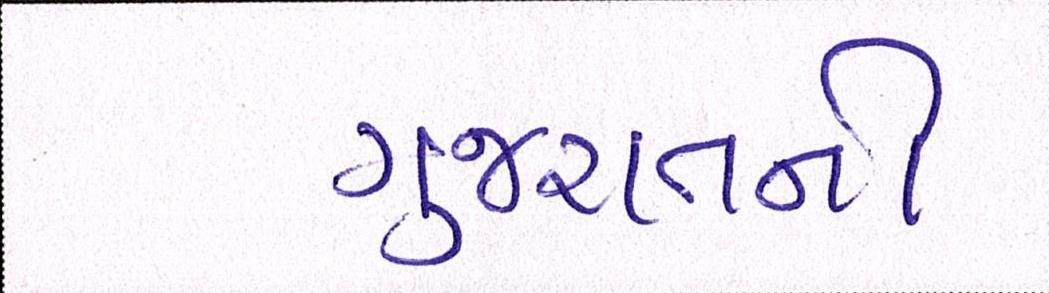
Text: ગુજરાતની